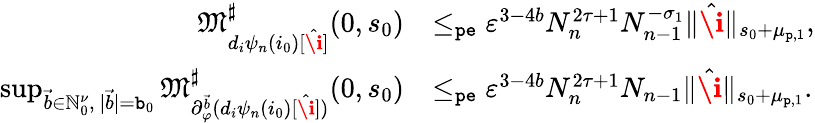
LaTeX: \begin{array}{rl}{\mathfrak{M}_{d_{i}{\psi}_{n}(i_{0})[\hat{\textbf{\i}}]}^{\sharp}(0,s_{0})}&{\le_{\mathtt{pe}}\varepsilon^{3-4b}N_{n}^{2\tau+1}N_{n-1}^{-\sigma_{1}}\rVert\hat{\textbf{\i}}\rVert_{s_{0}+\mu_{\mathtt{p},1}},}\\ {\operatorname*{sup}_{\vec{b}\in\mathbb{N}_{0}^{\nu},\ |\vec{b}|=\mathtt{b}_{0}}\mathfrak{M}_{\partial_{\varphi}^{\vec{b}}(d_{i}\psi_{n}(i_{0})[\hat{\textbf{\i}}])}^{\sharp}(0,s_{0})}&{\le_{\mathtt{pe}}\varepsilon^{3-4b}N_{n}^{2\tau+1}N_{n-1}\rVert\hat{\textbf{\i}}\rVert_{s_{0}+\mu_{\mathtt{p},1}}.}\end{array}